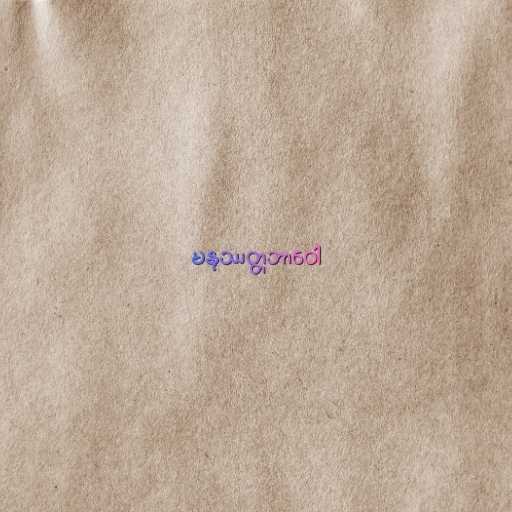
မနုဿတ္တဘာဝေါ